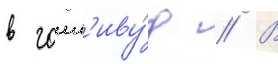
в голл'иву́д // В